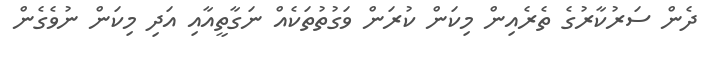
ދެން ސަރުކާރުގެ ތެރެއިން މިކަން ކުރަން ވަގުތުތަކެއް ނަގާތީއާއި އަދި މިކަން ނުވެގެން